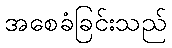
အစေခံခြင်းသည်